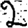
Digit: 2